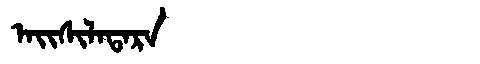
Manchu: ᠠᡳᠰᡳᠯᠠᡨᠠᡵᠠ
Romanization: AISILATARA